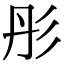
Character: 彤